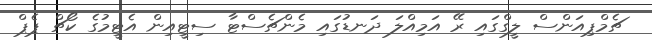
ޗެމްޕިއަންސް ލީގްގައި ރޭ އަމިއްލަ ދަނޑުގައި މެންޗެސްޓާ ސިޓީއިން އެޓީމުގެ ކޯޗް ޕެޕް